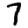
Digit: 7